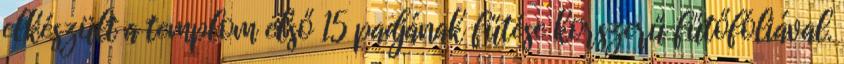
elkészült a templom első 15 padjának fűtése korszerű fűtőfóliával.